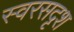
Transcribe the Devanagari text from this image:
स्वरसदृश